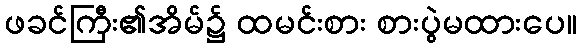
ဖခင်ကြီး၏အိမ်၌ ထမင်းစား စားပွဲမထားပေ။